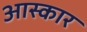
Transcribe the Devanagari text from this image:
आस्कार